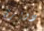
دوبري